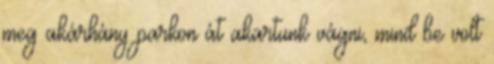
meg akárhány parkon át akartunk vágni, mind be volt